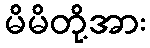
မိမိတို့အား